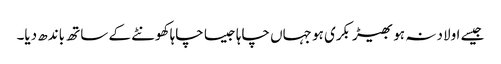
جیسے اولاد نہ ہو بھیڑ بکری ہو جہاں چاہا جیسا چاہا کھونٹے کے ساتھ باندھ دیا۔